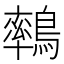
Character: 𪅄